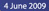
4 June 2009